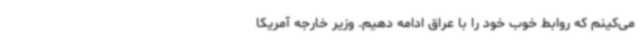
می‌کینم که روابط خوب خود را با عراق ادامه دهیم. وزیر خارجه آمریکا